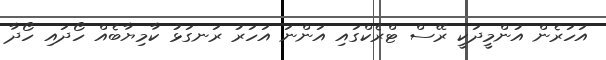
އަހަރެން އުންމީދަކީ ރޭސް ޓްރެކްގައި އަންނަ އަހަރު ރަނގަޅު ކާމިޔާބެއް ހޯދައި ހޯދާ